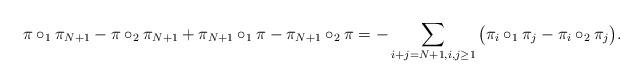
LaTeX: \begin{align*}\pi \circ_1 \pi_{N+1} - \pi \circ_2 \pi_{N+1} + \pi_{N+1} \circ_1 \pi - \pi_{N+1} \circ_2 \pi = - \sum_{i+j =N+1, i, j \geq 1} \big( \pi_i \circ_1 \pi_j - \pi_i \circ_2 \pi_j \big).\end{align*}